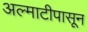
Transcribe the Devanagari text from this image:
अल्माटीपासून